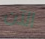
الآن